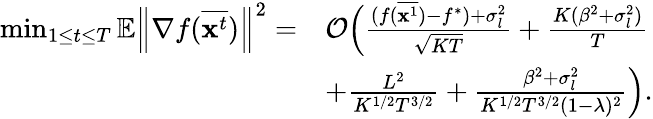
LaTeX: \begin{array}{rl}{\operatorname*{min}_{1\le t\le T}\mathbb{E}\left\| \nabla f(\overline{{\mathbf{x}^{t}}})\right\| ^{2}=}&{\mathcal{O}\Big(\frac{(f(\overline{{{\mathbf x}^{1}}})-f^{*})+\sigma_{l}^{2}}{\sqrt{KT}}+\frac{K(\beta^{2}+\sigma_{l}^{2})}{T}}\\ &{+\frac{L^{2}}{K^{1/2}T^{3/2}}+\frac{\beta^{2}+\sigma_{l}^{2}}{K^{1/2}T^{3/2}(1-\lambda)^{2}}\Big).}\end{array}